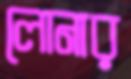
লোনার